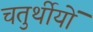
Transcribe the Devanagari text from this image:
चतुर्थीयों